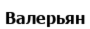
Валерьян